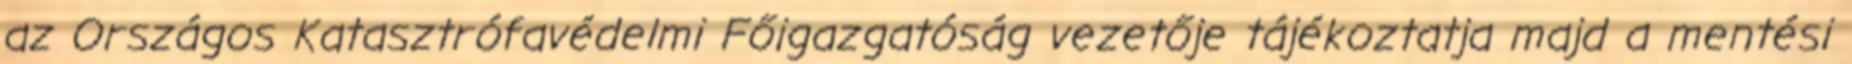
az Országos Katasztrófavédelmi Főigazgatóság vezetője tájékoztatja majd a mentési